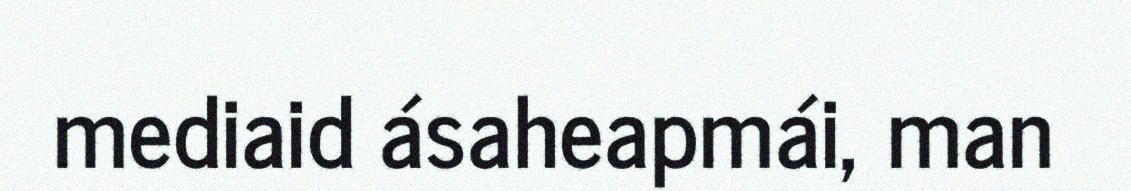
mediaid ásaheapmái, man